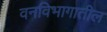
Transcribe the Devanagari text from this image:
वनविभागातील